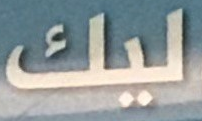
ليك